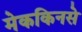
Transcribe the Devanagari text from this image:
मेककिनसे